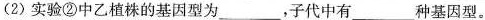
(2)实验②中乙植株的基因型为___，子代中有___种基因型。